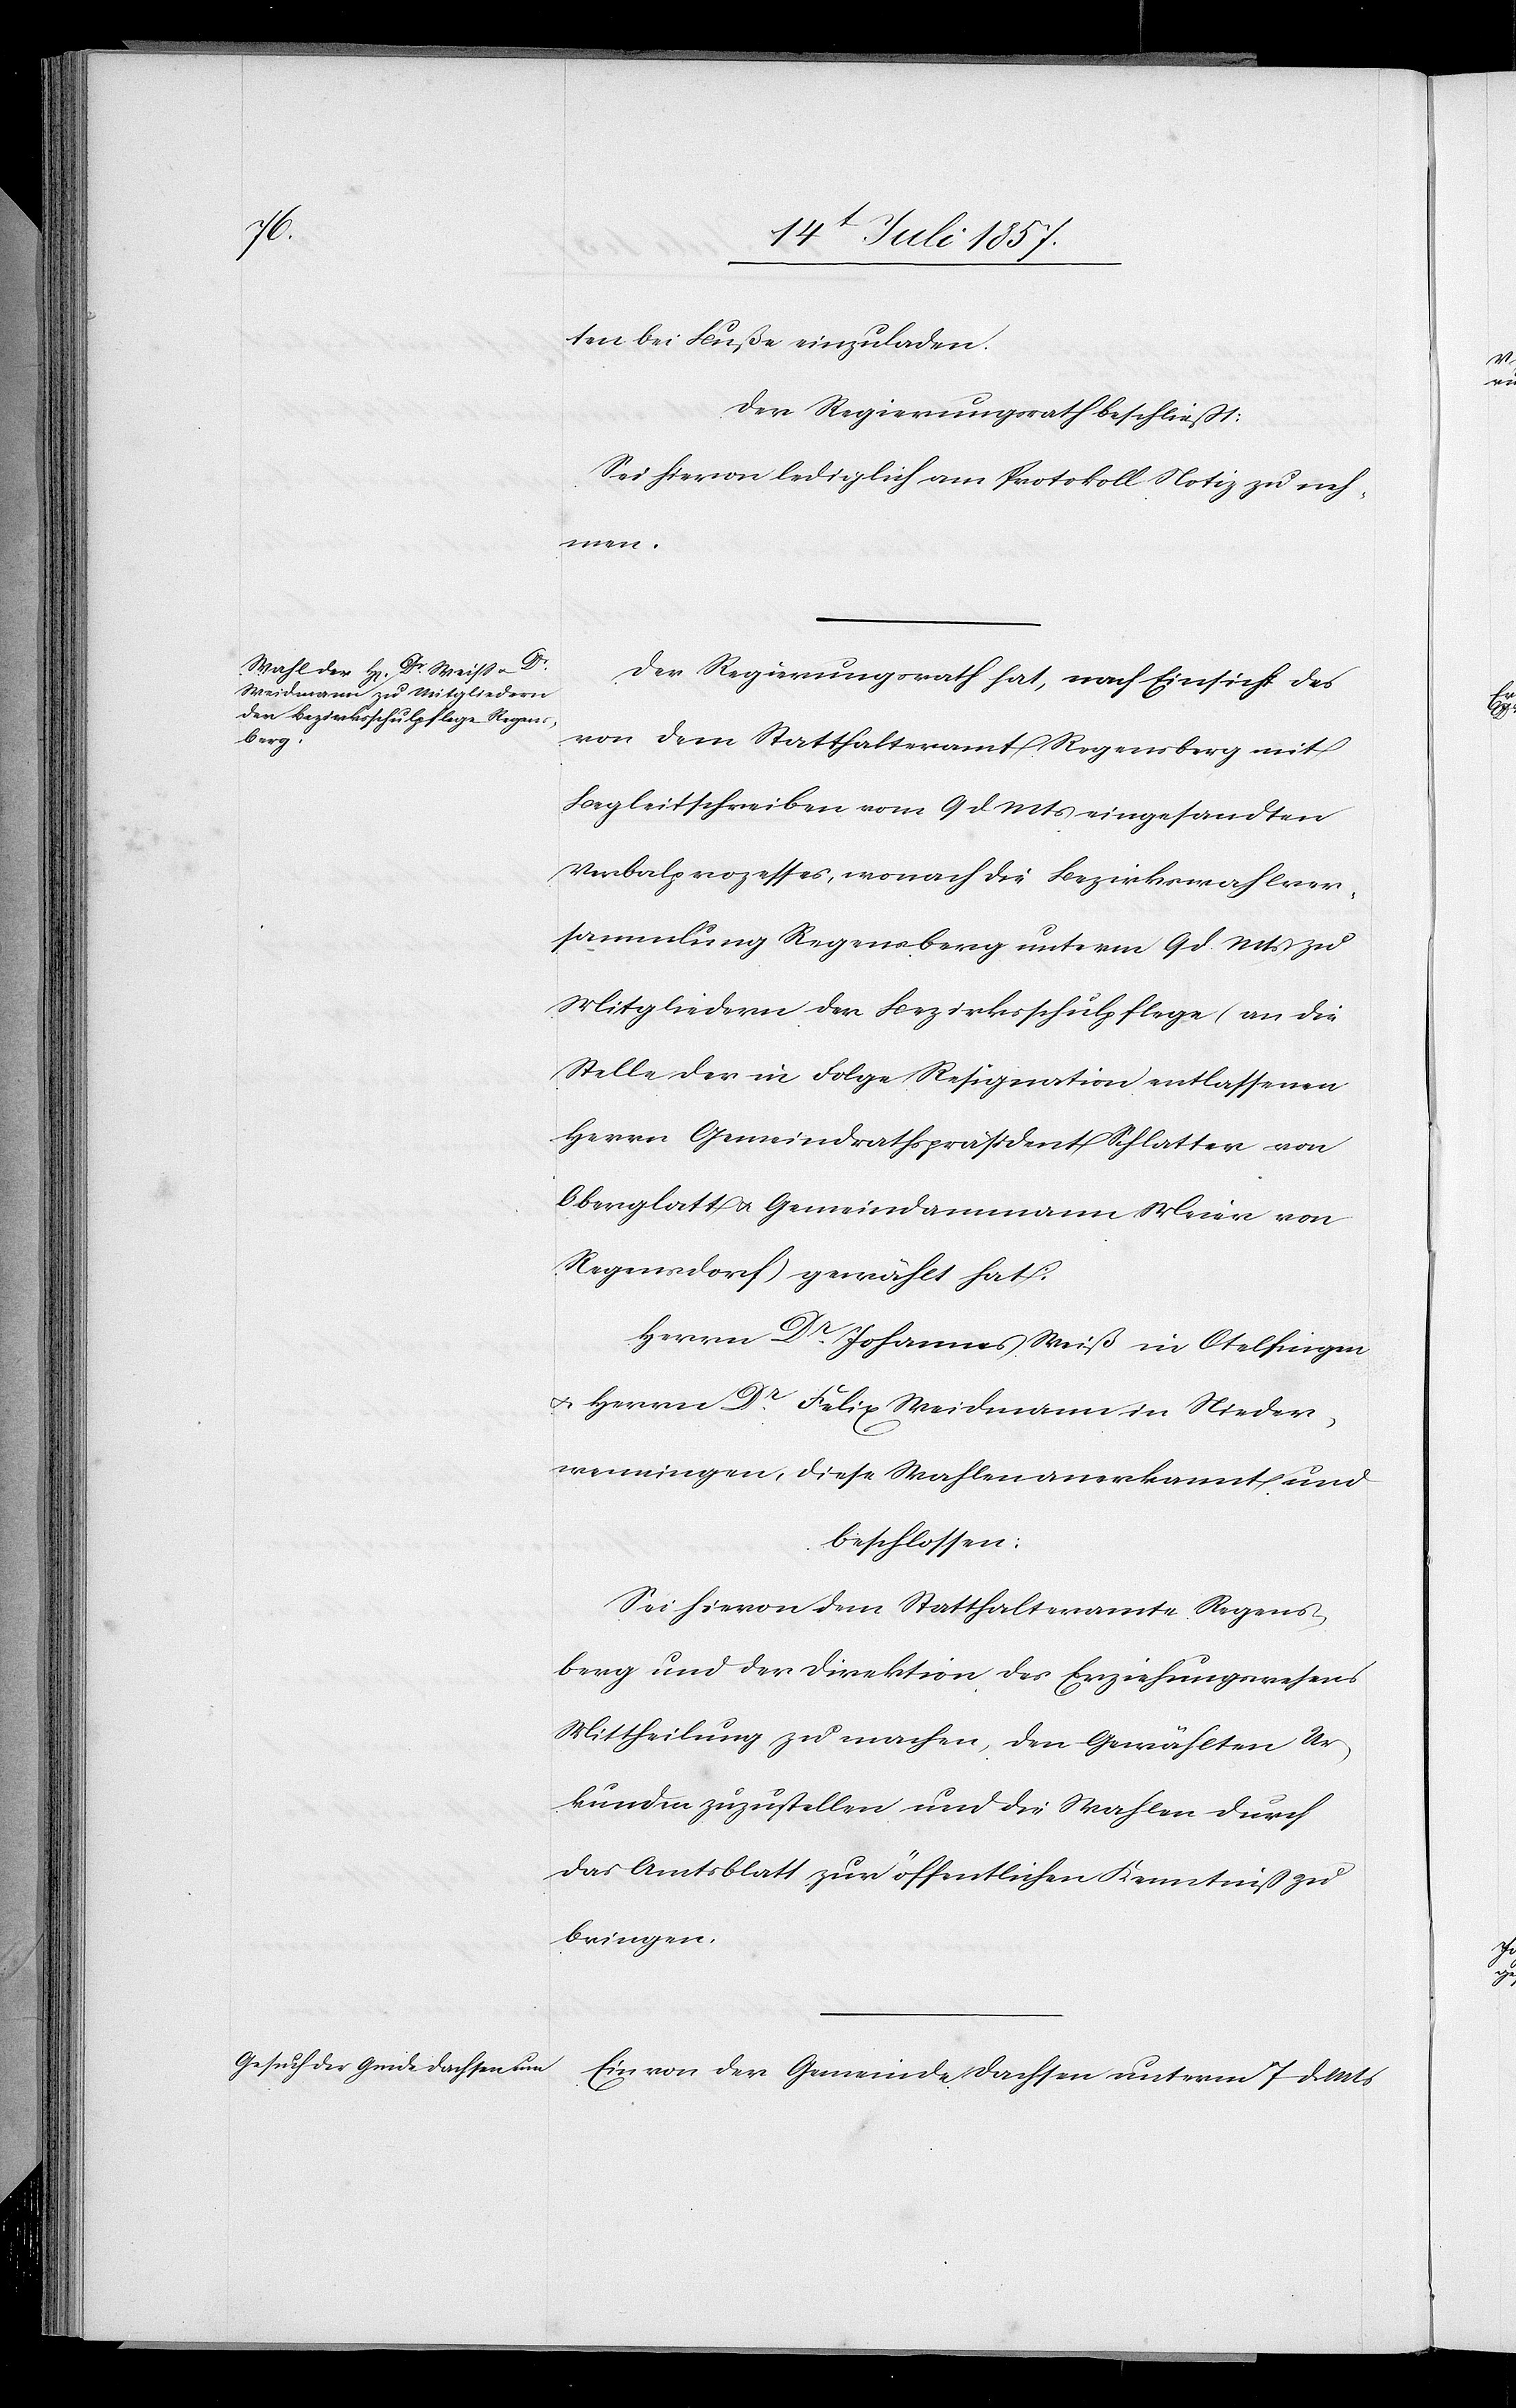
ten bei Buße einzuladen.
Der Regierungsrath beschließt:
Sei hievon lediglich am Protokoll Notiz zu neh¬
men.
Der Regierungsrath hat, nach Einsicht des
von dem Statthalteramt Regensberg mit
Begleitschreiben vom 9 d. Mts. eingesandten
Verbalprozesses, wonach die Bezirkswahlver¬
sammlung Regensberg unterm 9 d. Mts. zu
Mitgliedern der Bezirksschulpflege (an die
Stelle der in Folge Resignation entlassenen
Herrn Gemeindrathspräsident Schlatter von
Oberglatt & Gemeindammann Meier von
Regensdorf) gewählt hat:
Herrn Dr Johannes Weiß in Otelfingen
& Herrn Dr Felix Weidmann in Nieder¬
weningen, diese Wahlen anerkannt und
beschlossen:
Sei hievon dem Statthalteramte Regens¬
berg und der Direktion des Erziehungswesens
Mittheilung zu machen, den Gewählten Ur¬
kunden zuzustellen und die Wahlen durch
das Amtsblatt zur öffentlichen Kenntniß zu
bringen.
Ein von der Gemeinde Dachsen unterm 7 d. Mts.